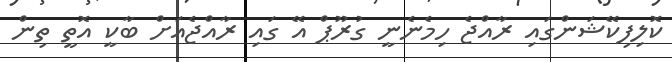
ކޮލިފިކޭޝަންގައި ރާއްޖެ ހިމެނެނީ ގުރޫޕް އޭ ގައި ރާއްޖެއަށް ބާކީ އޮތީ ތިން